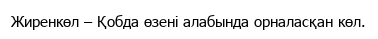
Жиренкөл – Қобда өзені алабында орналасқан көл.